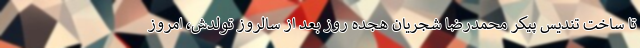
تا ساخت تندیس پیکر محمدرضا شجریان هجده روز بعد از سالروز تولدش، امروز